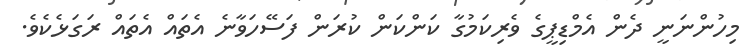
މިހުންނަނީ ދެން އެމްޑިޕީގެ ވެރިކަމުގާ ކަންކަން ކުރަން ފަސޭހަވާނެ އެތައް އެތައް ރަގަޅެކެވެ.